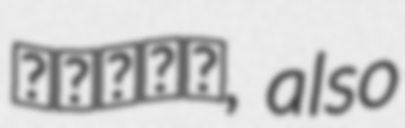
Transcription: نوزده, also